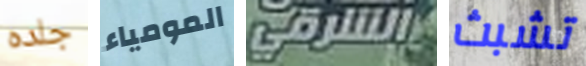
جلده المومياء الشرقي تشبث